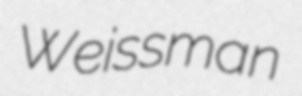
Weissman